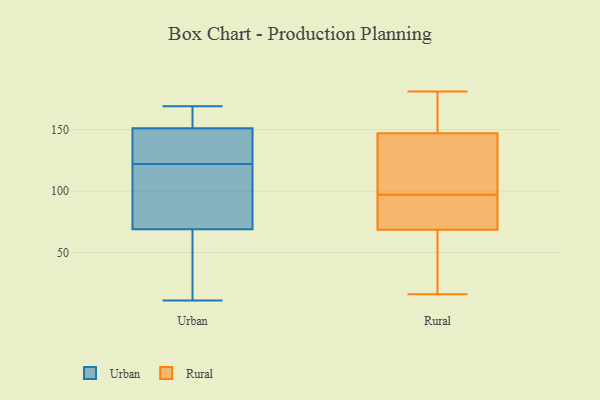
{"axis": {"x": "Net Income (USD K)", "y": "Value"}, "legend": ["Rural", "Urban"], "data": [{"x": "", "y": 21, "type": "Urban"}, {"x": "", "y": 101, "type": "Urban"}, {"x": "", "y": 11, "type": "Urban"}, {"x": "", "y": 169, "type": "Urban"}, {"x": "", "y": 11, "type": "Urban"}, {"x": "", "y": 135, "type": "Urban"}, {"x": "", "y": 127, "type": "Urban"}, {"x": "", "y": 165, "type": "Urban"}, {"x": "", "y": 128, "type": "Urban"}, {"x": "", "y": 91, "type": "Urban"}, {"x": "", "y": 108, "type": "Urban"}, {"x": "", "y": 122, "type": "Urban"}, {"x": "", "y": 161, "type": "Urban"}, {"x": "", "y": 161, "type": "Urban"}, {"x": "", "y": 148, "type": "Urban"}, {"x": "", "y": 17, "type": "Urban"}, {"x": "", "y": 85, "type": "Urban"}, {"x": "", "y": 45, "type": "Rural"}, {"x": "", "y": 117, "type": "Rural"}, {"x": "", "y": 66, "type": "Rural"}, {"x": "", "y": 16, "type": "Rural"}, {"x": "", "y": 76, "type": "Rural"}, {"x": "", "y": 141, "type": "Rural"}, {"x": "", "y": 164, "type": "Rural"}, {"x": "", "y": 22, "type": "Rural"}, {"x": "", "y": 181, "type": "Rural"}, {"x": "", "y": 97, "type": "Rural"}, {"x": "", "y": 154, "type": "Rural"}, {"x": "", "y": 78, "type": "Rural"}, {"x": "", "y": 149, "type": "Rural"}, {"x": "", "y": 139, "type": "Rural"}, {"x": "", "y": 90, "type": "Rural"}]}